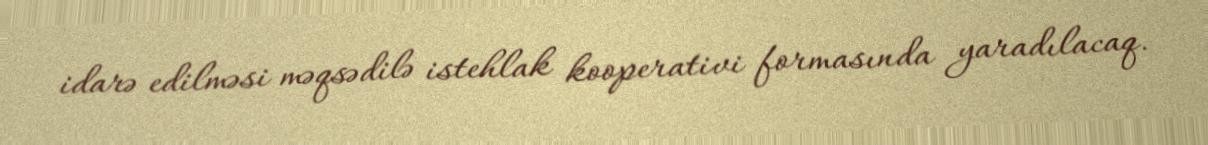
idarə edilməsi məqsədilə istehlak kooperativi formasında yaradılacaq.